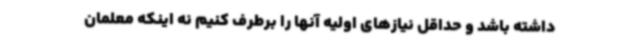
داشته باشد و حداقل نیازهای اولیه آنها را برطرف کنیم نه اینکه معلمان